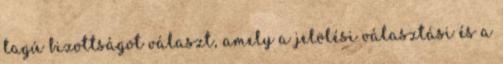
tagú bizottságot választ, amely a jelölési választási és a